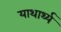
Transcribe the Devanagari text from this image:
याथार्थ्य